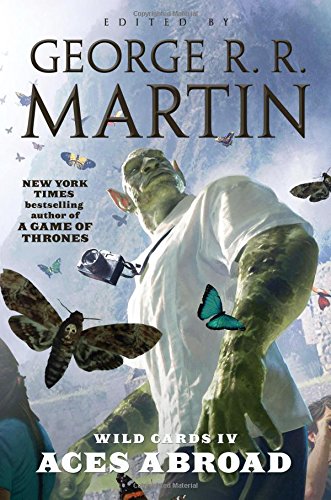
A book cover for Wild Cards IV: Aces Abroad; Wild Cards Trust; Science Fiction & Fantasy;